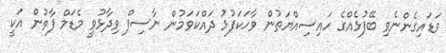
ވަޑައިގެންނެވި ބޭފުޅެއްގެ ހައިސިއްޔަތުން ވާހަކަފުޅު ދައްކަވަމުން ނާސިފް ވިދާޅުވީ މެޑަމް ފާތުން އަކީ